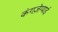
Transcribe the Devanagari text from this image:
कंगज़ेग्याई